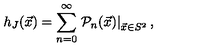
h _ { J } ( \vec { x } ) = \sum _ { n = 0 } ^ { \infty } \left. { \mathcal { P } } _ { n } ( \vec { x } ) \right| _ { \vec { x } \in S ^ { 2 } } ,